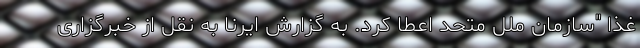
غذا "سازمان ملل متحد اعطا کرد. به گزارش ایرنا به نقل از خبرگزاری